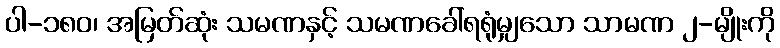
ပါ-၁၈၀၊ အမြတ်ဆုံး သမဏနှင့် သမဏခေါ်ရရုံမျှသော သာမဏ ၂-မျိုးကို